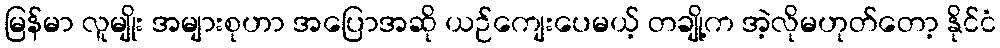
မြန်မာ လူမျိုး အများစုဟာ အပြောအဆို ယဉ်ကျေးပေမယ့် တချို့က အဲ့လိုမဟုတ်တော့ နိုင်ငံ